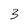
Character: 3